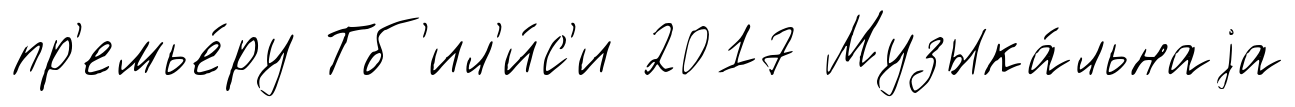
пр'емье́ру Тб'ил'и́с'и 2017 Музыка́льнаjа